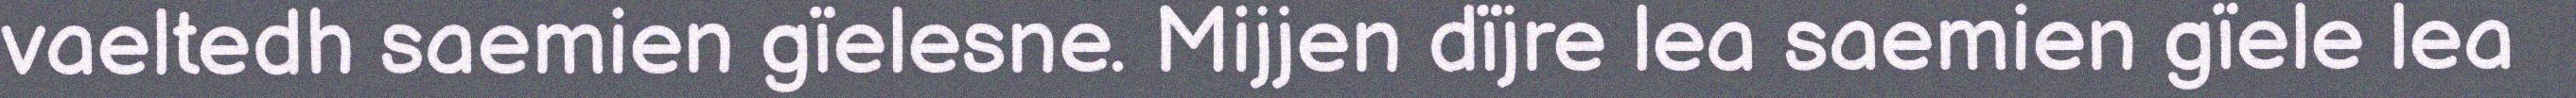
vaeltedh saemien gïelesne. Mijjen dïjre lea saemien gïele lea